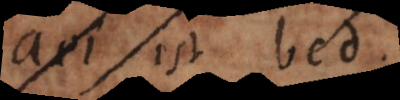
ad est bd.